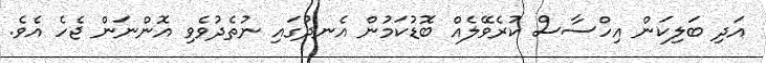
އަދި ބަލިކަން އިހްސާސް ކުރެވޭލެއް ބޮޑުކަމުން އެނދުގައި ނުތެދުވެވި އޮންނަން ޖެހެ އެވެ.